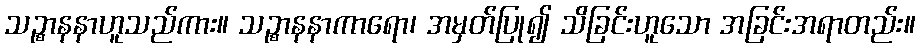
သဉ္စာနနာဟူသည်ကား။ သဉ္စာနနာကာရော၊ အမှတ်ပြု၍ သိခြင်းဟူသော အခြင်းအရာတည်း။